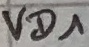
Text: VD1